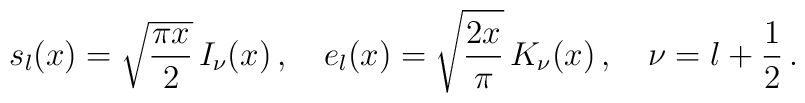
s_l(x)=\sqrt{\frac{\pi x}{2}}\,I_{\nu}(x)\,,\quad  e_l(x)=\sqrt{\frac{2 x}{\pi}}\,K_{\nu}(x)\,,\quad  \nu=l+\frac{1}{2}\,.